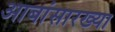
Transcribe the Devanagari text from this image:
आबांसारख्या